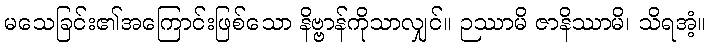
မသေခြင်း၏အကြောင်းဖြစ်သော နိဗ္ဗာန်ကိုသာလျှင်။ ဉဿာမိ ဇာနိဿာမိ၊ သိရအံ့။